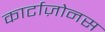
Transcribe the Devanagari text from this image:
कार्टाज़ोनस